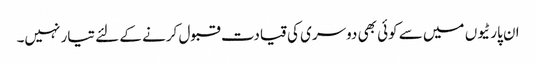
ان پارٹیوں میں سے کوئی بھی دوسری کی قیادت قبول کرنے کے لئے تیار نہیں۔